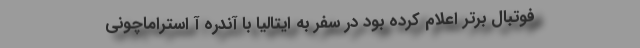
فوتبال برتر اعلام کرده بود در سفر به ایتالیا با آندره آ استراماچونی